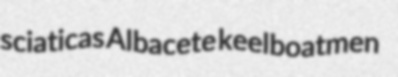
sciaticas Albacete keelboatmen